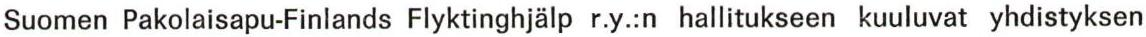
Suomen Pakolaisapu-Finlands Flyktinghjälp r.y.:n hallitukseen kuuluvat yhdistyksen